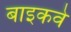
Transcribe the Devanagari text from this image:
बाइकवे